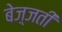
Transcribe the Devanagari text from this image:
बेज़्जती